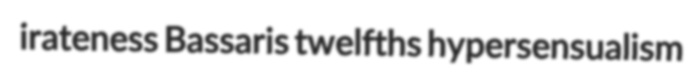
irateness Bassaris twelfths hypersensualism